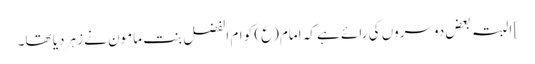
] البتہ بعض دوسروں کی رائے ہے کہ امام(ع) کو ام الفضل بنت مامون نے زہر دیا تھا۔